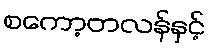
စကော့တလန်နှင့်